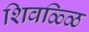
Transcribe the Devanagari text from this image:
शिवळ्ळि